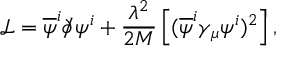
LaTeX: \mathcal { L } = \overline { { { \psi } } } ^ { i } \partial \! \! \! \slash \psi ^ { i } + \frac { \lambda ^ { 2 } } { 2 M } \left[ ( \overline { { { \psi } } } ^ { i } \gamma _ { \mu } \psi ^ { i } ) ^ { 2 } \right] ,